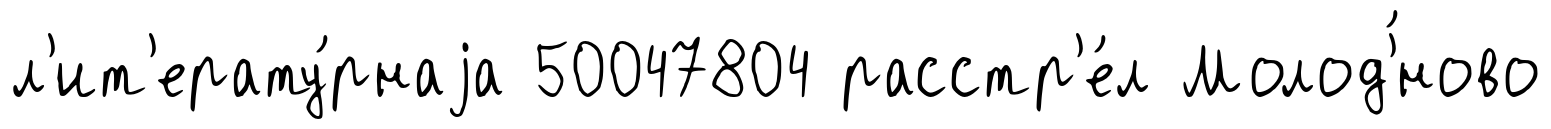
л'ит'ерату́рнаjа 50047804 расстр'е́л Молод'́ново